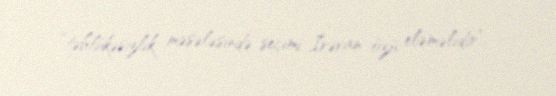
“təhlükəsizlik məsələsində seçimi İrəvan özü eləməlidir”.